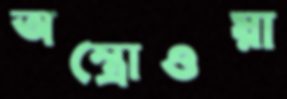
অস্ত্রোওয়া